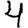
Digit: 4